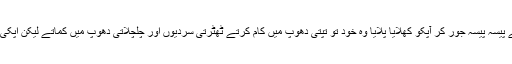
مدرسہ کے معاونین نے اپنی محنت کی کمائی سے پیسہ پیسہ جور کر آپکو کھلایا پلایا وہ خود تو تپتی دھوپ میں کام کرتے ٹھٹرتی سردیوں اور چلچلاتی دھوپ میں کماتے لیکن اپکی سایہ کے نیچے جملہ ضروریات کا تکفل کرتے ۔